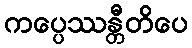
ကပ္ပေဿန္တီတိပေ